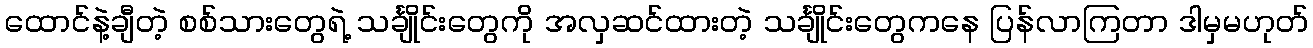
ထောင်နဲ့ချီတဲ့ စစ်သားတွေရဲ့ သင်္ချိုင်းတွေကို အလှဆင်ထားတဲ့ သင်္ချိုင်းတွေကနေ ပြန်လာကြတာ ဒါမှမဟုတ်